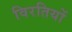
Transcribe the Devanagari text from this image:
विरतियों